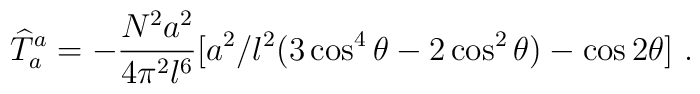
{\widehat T}_{a}^{a}=-{N^2a^2 \over 4 \pi^2l^6}[a^2/l^2 (3\cos^4{\theta}-2\cos^2{\theta})-\cos{2\theta}]\ .